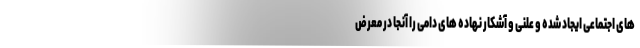
های اجتماعی ایجاد شده و علنی و آشکار نهاده های دامی را آنجا در معرض